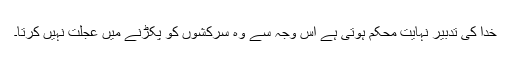
خدا کی تدبیر نہایت محکم ہوتی ہے اس وجہ سے وہ سرکشوں کو پکڑنے میں عجلت نہیں کرتا۔